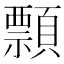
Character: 顠